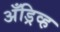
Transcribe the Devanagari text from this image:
अँड्रिव्ह